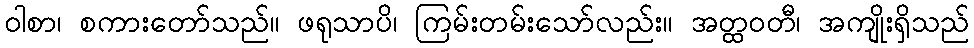
ဝါစာ၊ စကားတော်သည်။ ဖရုသာပိ၊ ကြမ်းတမ်းသော်လည်း။ အတ္ထဝတီ၊ အကျိုးရှိသည်